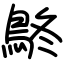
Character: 鴤